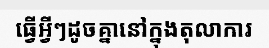
ធ្វើអ្វីៗដូចគ្នានៅក្នុងតុលាការ